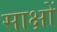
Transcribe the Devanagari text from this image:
साक्षों